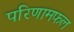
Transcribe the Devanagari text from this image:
परिणामफल